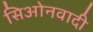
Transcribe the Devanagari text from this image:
सिओनवादी